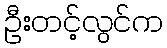
ဦးတင့်လွင်က